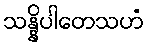
သန္နိပါတေသဟံ